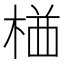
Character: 𭪯